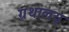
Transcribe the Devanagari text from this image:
ग्रथालय्